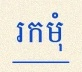
រកមុំ